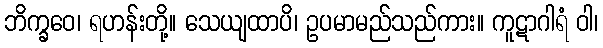
ဘိက္ခဝေ၊ ရဟန်းတို့။ သေယျထာပိ၊ ဥပမာမည်သည်ကား။ ကူဋာဂါရံ ဝါ၊